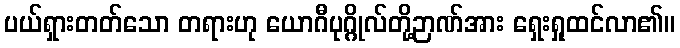
ပယ်ရှားတတ်သော တရားဟု ယောဂီပုဂ္ဂိုလ်တို့ဉာဏ်အား ရှေးရှုထင်လာ၏။